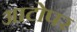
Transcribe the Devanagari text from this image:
आटोपर